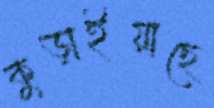
কুড়াইয়াছে